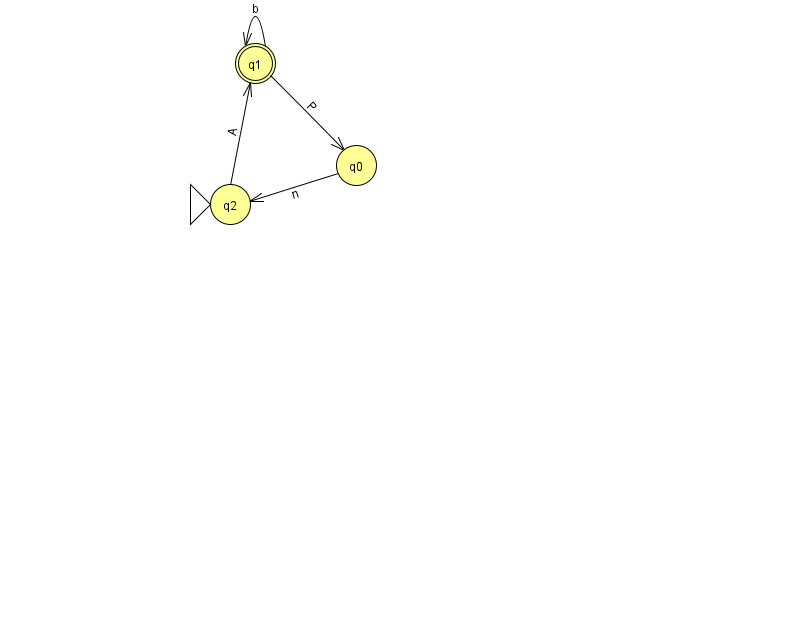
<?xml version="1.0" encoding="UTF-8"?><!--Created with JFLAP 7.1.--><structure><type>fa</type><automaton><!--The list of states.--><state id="0" name="q0"><x>356.0</x><y>152.0</y></state><state id="1" name="q1"><x>255.0</x><y>50.0</y><final/></state><state id="2" name="q2"><x>230.0</x><y>191.0</y><initial/></state><!--The list of transitions.--><transition><from>2</from><to>1</to><read>A</read></transition><transition><from>1</from><to>1</to><read>b</read></transition><transition><from>1</from><to>0</to><read>P</read></transition><transition><from>0</from><to>2</to><read>n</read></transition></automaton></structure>